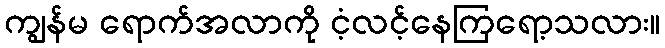
ကျွန်မ ရောက်အလာကို ငံ့လင့်နေကြရော့သလား။